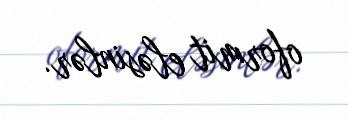
oformit eləsinlər.